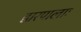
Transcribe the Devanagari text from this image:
द्वारपालाः